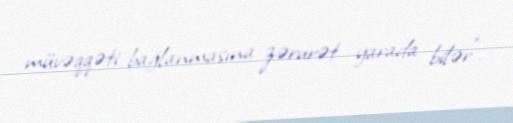
müvəqqəti bağlanmasına zərurət yarada bilər".